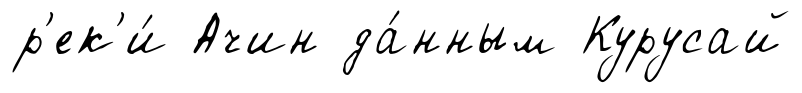
р'ек'и́ Ачин да́нным Курусай